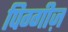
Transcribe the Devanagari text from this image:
पिग्गीज़